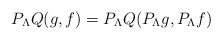
\begin{align*}P_\Lambda Q(g,f) = P_\Lambda Q(P_\Lambda g, P_\Lambda f)\end{align*}